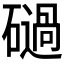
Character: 𥖤